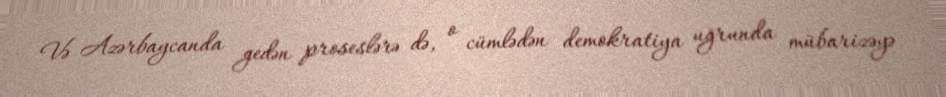
Və Azərbaycanda gedən proseslərə də, o cümlədən demokratiya uğrunda mübarizəyə